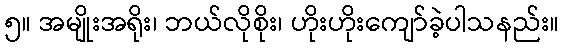
၅။ အမျိုးအရိုး၊ ဘယ်လိုစိုး၊ ဟိုးဟိုးကျော်ခဲ့ပါသနည်း။